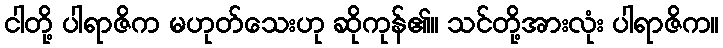
ငါတို့ ပါရာဇိက မဟုတ်သေးဟု ဆိုကုန်၏။ သင်တို့အားလုံး ပါရာဇိက။